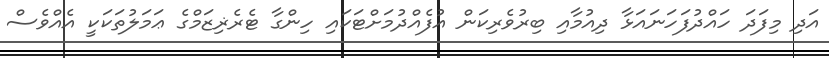
އަދި މިފަދަ ހައްދުފަހަނައަޅާ ދިއުމާއި ބިރުވެރިކަން އުފެއްދުމަށްޓަކައި ހިންގާ ޓެރެޜިޒަމްގެ ޢަމަލުތަކަކީ އެއްވެސް